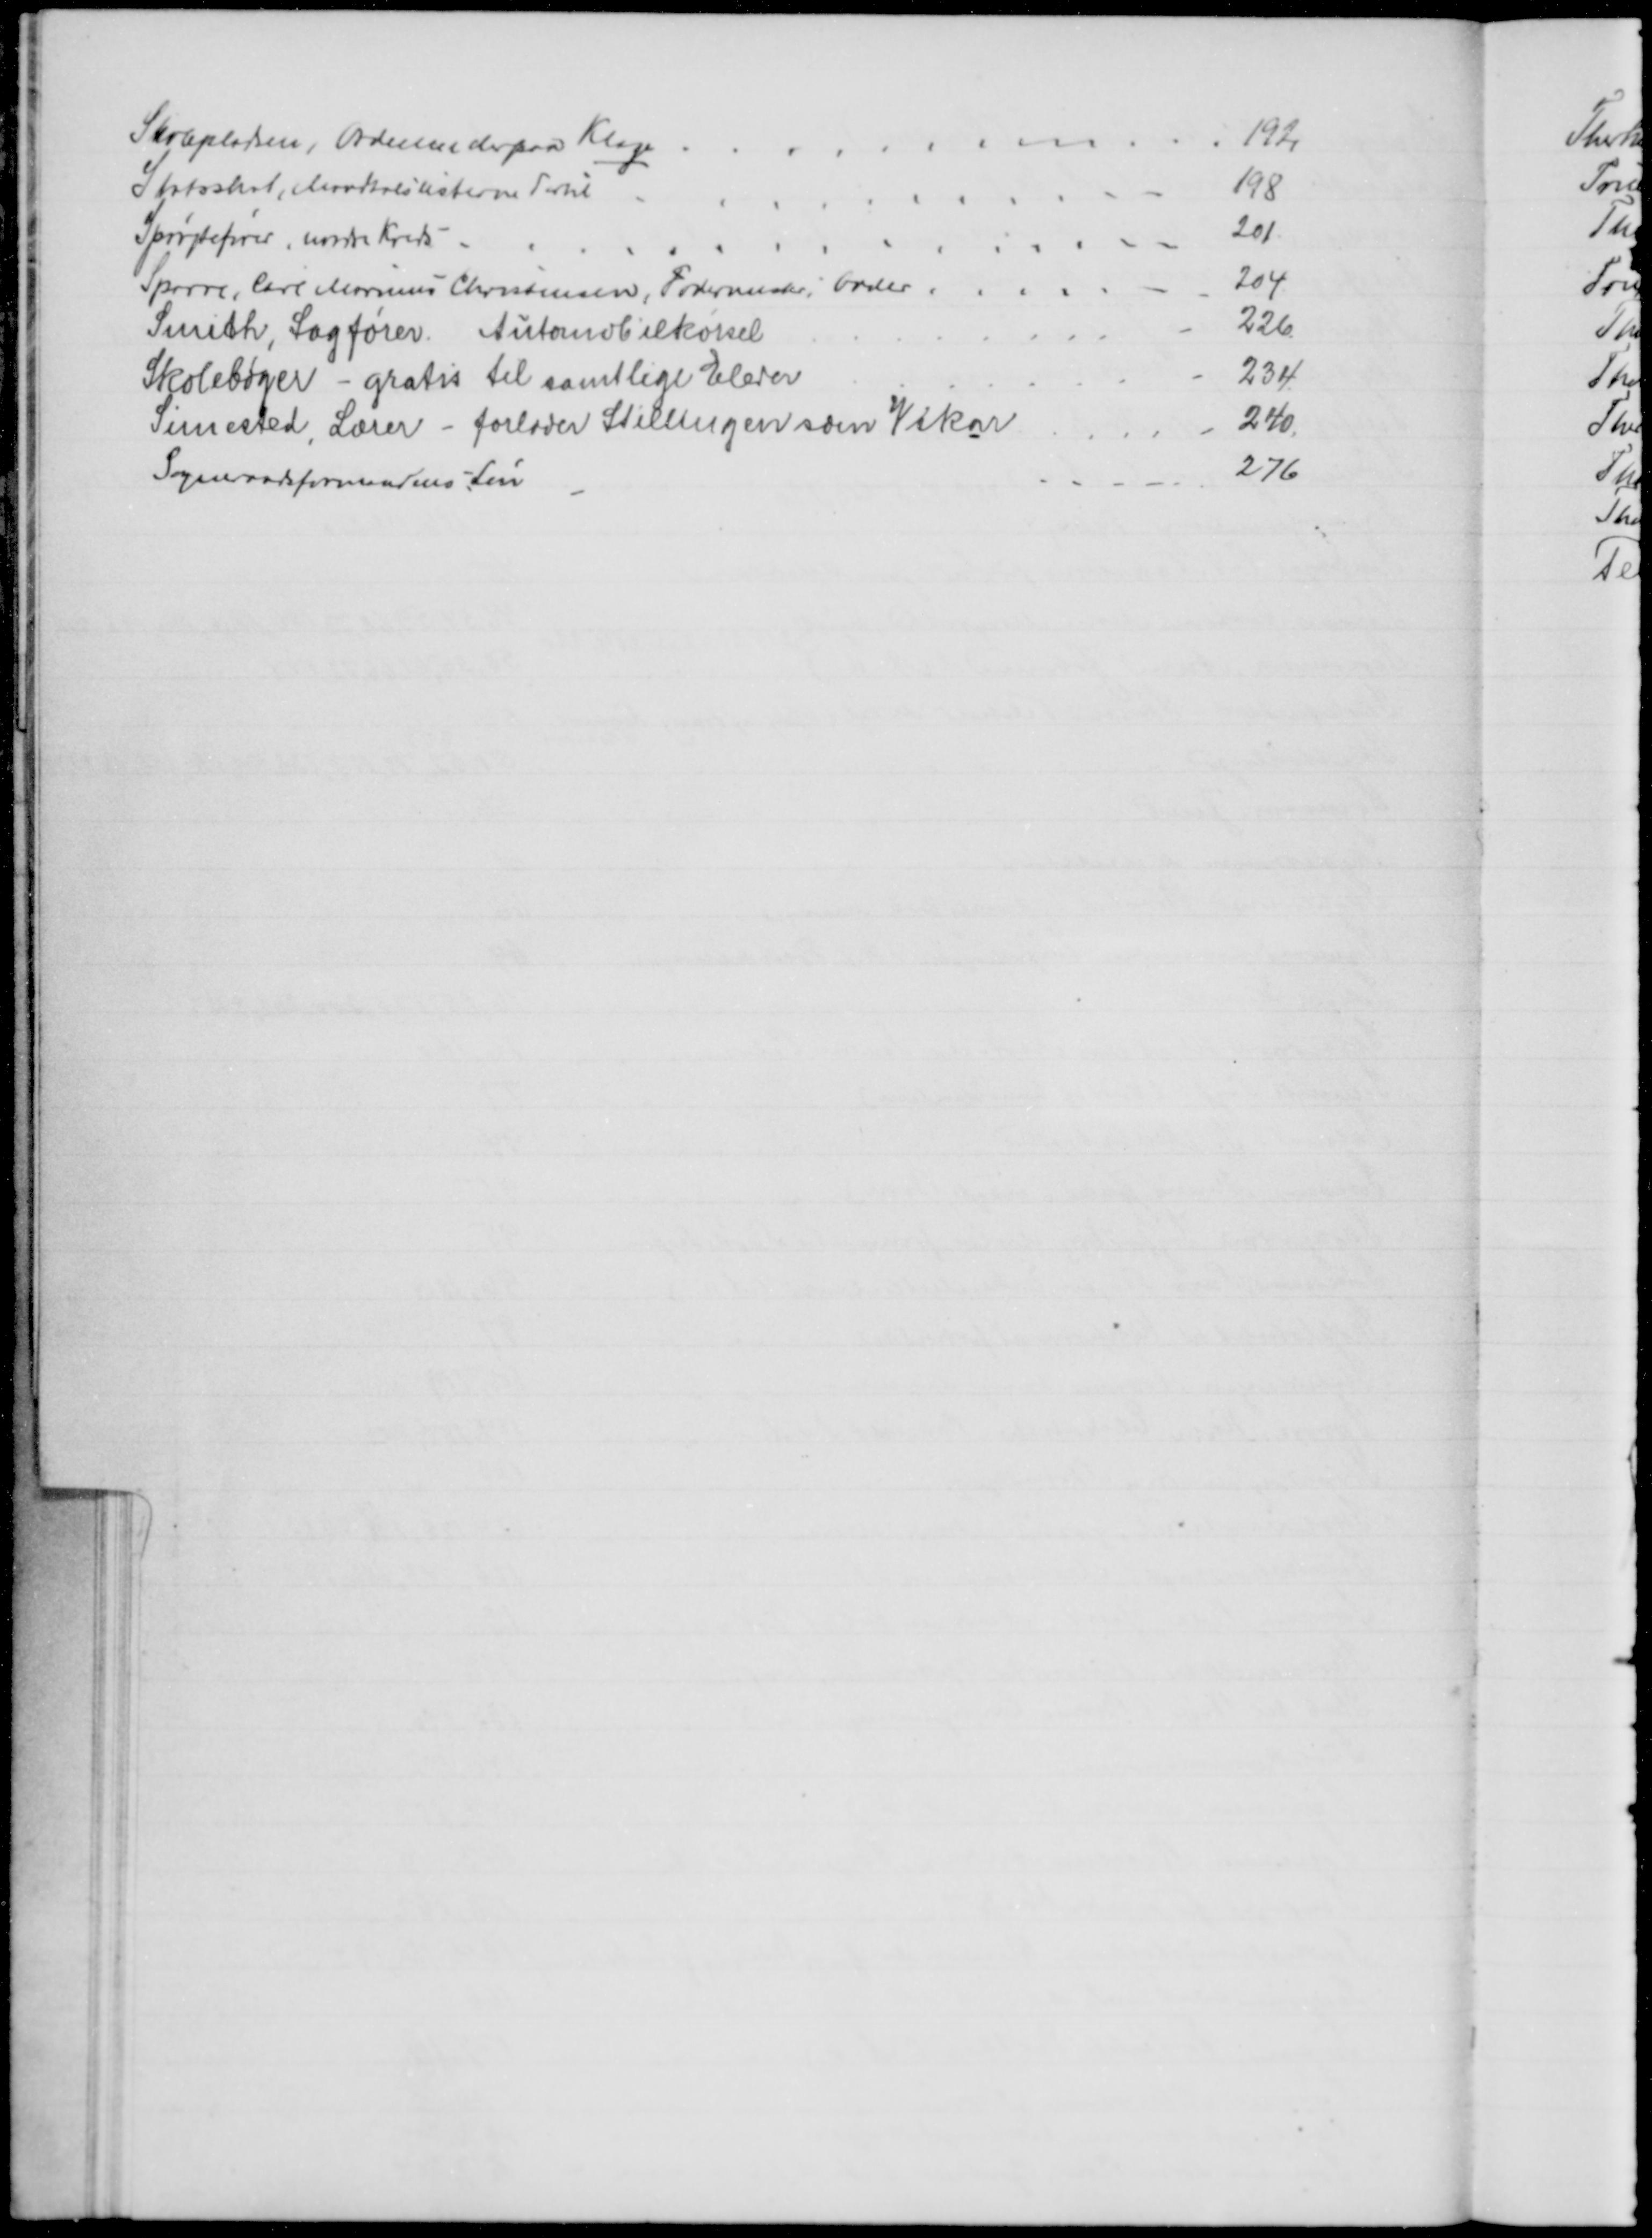
Transskription:
Skolepladsen, Ordenen derpaa Klage
192
Statsskat, Mandtalslisterne dertil
198
Sprøjtefører, nordre Kreds 
201
Sparre, Carl Marinus Christensen, Fodermester, Odder.
204
Smith, Sagfører. Automobilkørsel
226
Skolebøger - gratis til samtlige Elever
234
Simested, Lærer - forlader Stillingen som Vikar
240
Sogneradsformandens Løn
276